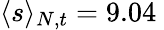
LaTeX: \langle s\rangle_{N,t}=9.04\